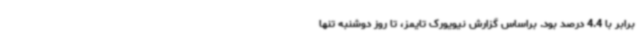
برابر با 4.4 درصد بود. براساس گزارش نیویورک تایمز، تا روز دوشنبه تنها